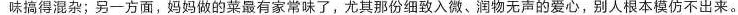
味搞得混杂；另一方面，妈妈做的菜最有家常味了，尤其那份细致入微、润物无声的爱心，别人根本模仿不出来。